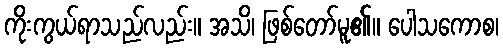
ကိုးကွယ်ရာသည်လည်း။ အသိ၊ ဖြစ်တော်မူ၏။ ပေါသကောစ၊